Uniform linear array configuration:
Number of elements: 24
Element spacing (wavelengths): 0.5
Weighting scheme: cosine
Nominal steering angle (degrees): -30
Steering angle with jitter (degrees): -28.156
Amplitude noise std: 0.05
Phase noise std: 0.05

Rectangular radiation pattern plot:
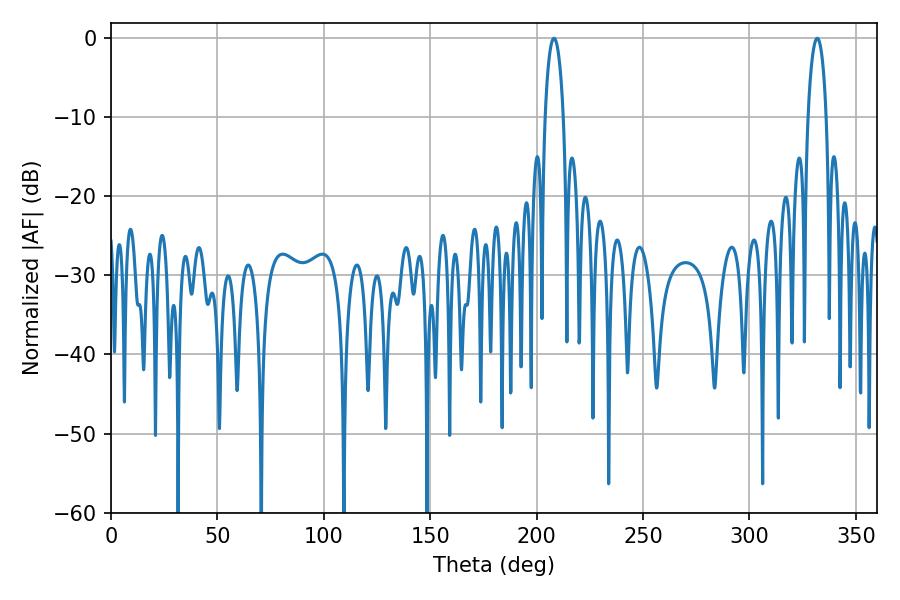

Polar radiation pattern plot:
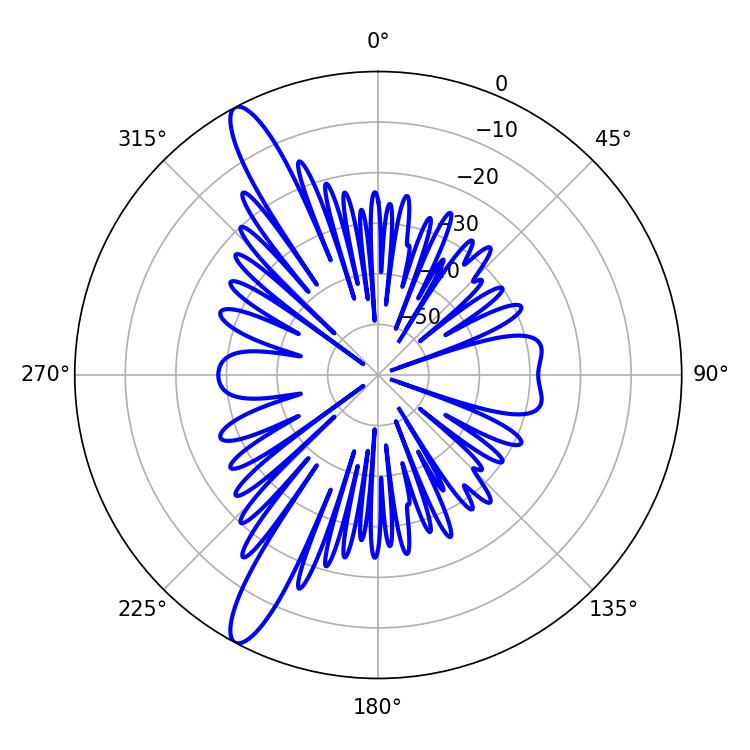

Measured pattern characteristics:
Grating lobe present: FALSE
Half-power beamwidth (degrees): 4.86
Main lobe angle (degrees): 208.08